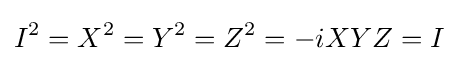
I^{2}=X^{2}=Y^{2}=Z^{2}=-iXYZ=I